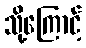
သို့ကြောင့်